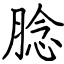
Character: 腍